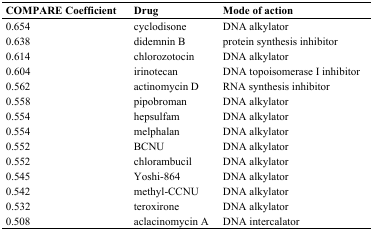
| COMPARE Coefficient | Drug | Mode of action |
 | --- | --- | --- |
 | 0.654 | cyclodisone | DNA alkylator |
 | 0.638 | didemnin B | protein synthesis inhibitor |
 | 0.614 | chlorozotocin | DNA alkylator |
 | 0.604 | irinotecan | DNA topoisomerase I inhibitor |
 | 0.562 | actinomycin D | RNA synthesis inhibitor |
 | 0.558 | pipobroman | DNA alkylator |
 | 0.554 | hepsulfam | DNA alkylator |
 | 0.554 | melphalan | DNA alkylator |
 | 0.552 | BCNU | DNA alkylator |
 | 0.552 | chlorambucil | DNA alkylator |
 | 0.545 | Yoshi-864 | DNA alkylator |
 | 0.542 | methyl-CCNU | DNA alkylator |
 | 0.532 | teroxirone | DNA alkylator |
 | 0.508 | aclacinomycin A | DNA intercalator |